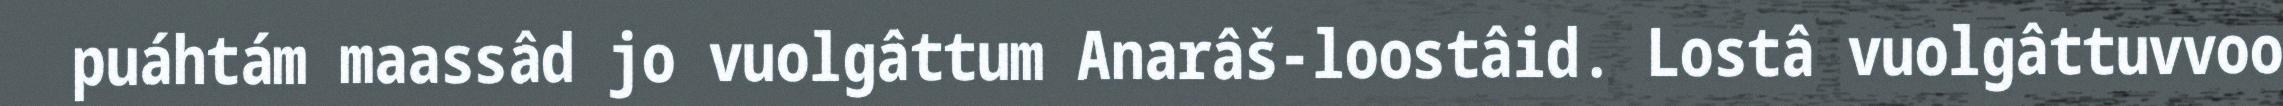
puáhtám maassâd jo vuolgâttum Anarâš-loostâid. Lostâ vuolgâttuvvoo